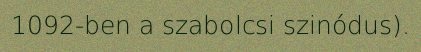
1092-ben a szabolcsi szinódus).